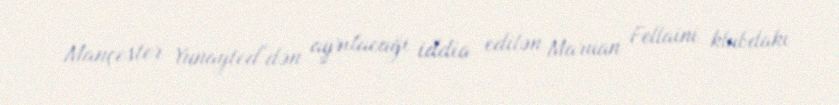
Mançester Yunayted"dən ayrılacağı iddia edilən Maruan Fellaini klubdakı